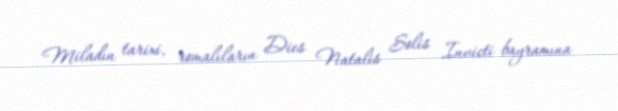
Miladın tarixi, romalıların Dies Natalis Solis Invicti bayramına